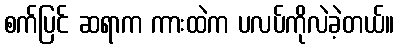
စက်ပြင် ဆရာက ကားထဲက ပလပ်ကိုလဲခဲ့တယ်။